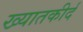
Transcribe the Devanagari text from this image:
ख्यातकीर्द